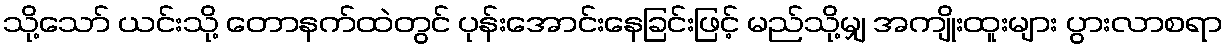
သို့သော် ယင်းသို့ တောနက်ထဲတွင် ပုန်းအောင်းနေခြင်းဖြင့် မည်သို့မျှ အကျိုးထူးများ ပွားလာစရာ